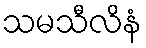
သမသီလိနံ